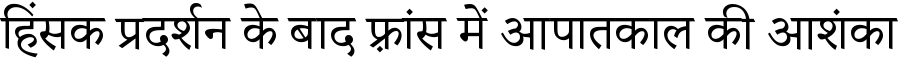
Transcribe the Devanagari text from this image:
हिंसक प्रदर्शन के बाद फ़्रांस में आपातकाल की आशंका